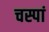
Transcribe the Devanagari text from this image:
चस्पां